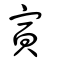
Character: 寅